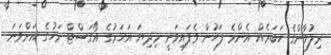
ރިލުވާންގެ ހަބަރެއް އެންމެ ފަހުން ވެފައިވަނީ މިދިޔަ އަހަރުގެ އޯގަސްޓް މަހުގެ އަށްވަނަ